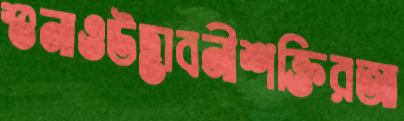
শুনাওউদ্ভাবনীশক্তিরআ